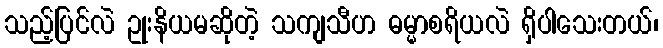
သည့်ပြင်လဲ ဥုးနိယမဆိုတဲ့ သကျသီဟ ဓမ္မာစရိယလဲ ရှိပါသေးတယ်၊